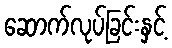
ဆောက်လုပ်ခြင်းနှင့်